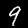
Label: 9